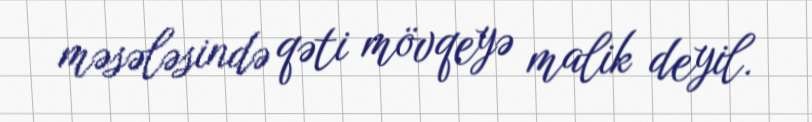
məsələsində qəti mövqeyə malik deyil.